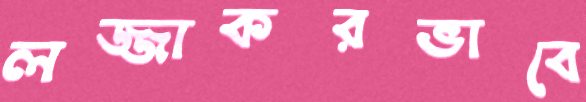
লজ্জাকরভাবে